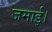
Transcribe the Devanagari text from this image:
जमाई।